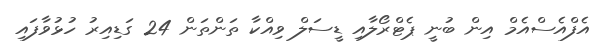
އެފްއެސްއެމް އިން ބުނީ ޕެޓްރޯލާއި ޑީސަލް ވިއްކާ ތަންތަން 24 ގަޑިއިރު ހުޅުވާފައި